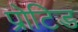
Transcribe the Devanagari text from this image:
प्रोटिड